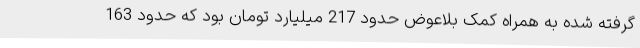
گرفته شده به همراه کمک بلاعوض حدود 217 میلیارد تومان بود که حدود 163